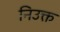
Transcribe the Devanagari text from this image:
निउक्त